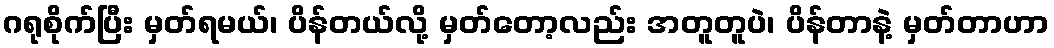
ဂရုစိုက်ပြီး မှတ်ရမယ်၊ ပိန်တယ်လို့ မှတ်တော့လည်း အတူတူပဲ၊ ပိန်တာနဲ့ မှတ်တာဟာ